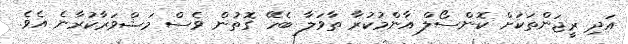
އަދި ރީޖަންތަކަށް ކޮންސޯލް އާންމުކުރާ ތާވަލާ ބެހޭ ގޮތުން ވެސް މަޝްވަރާކުރާނެ އެވެ.